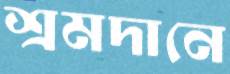
শ্রমদানে